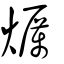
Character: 爄